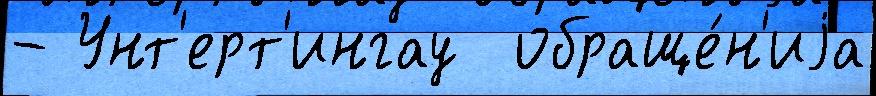
- Унт'ерт'ингау  обраще́н'иjа